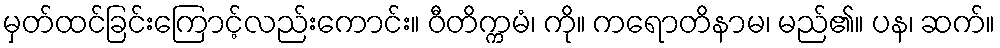
မှတ်ထင်ခြင်းကြောင့်လည်းကောင်း။ ဝီတိက္ကမံ၊ ကို။ ကရောတိနာမ၊ မည်၏။ ပန၊ ဆက်။